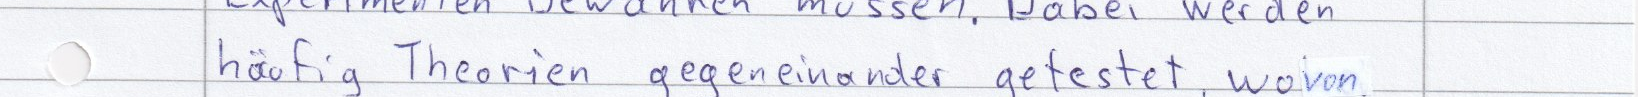
häufig Theorien gegeneinander getestet, wovon